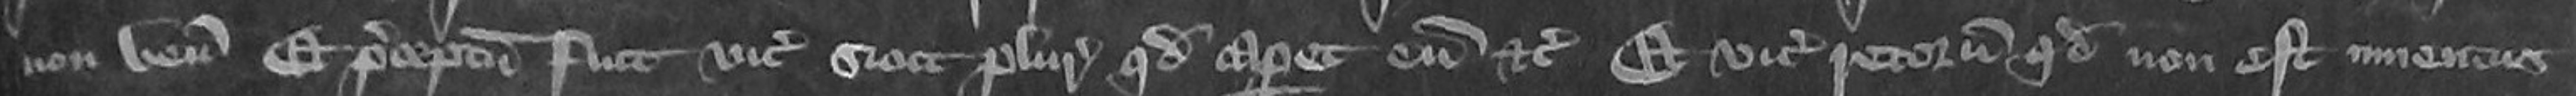
non venit et preceptum fuit vicecomiti sicut pluries quod caperet eum etc et vicecomes retornavit quod non est inventus